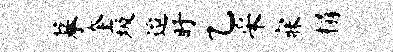
摹奎圾迨盱乙采寐榻